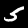
Label: 5